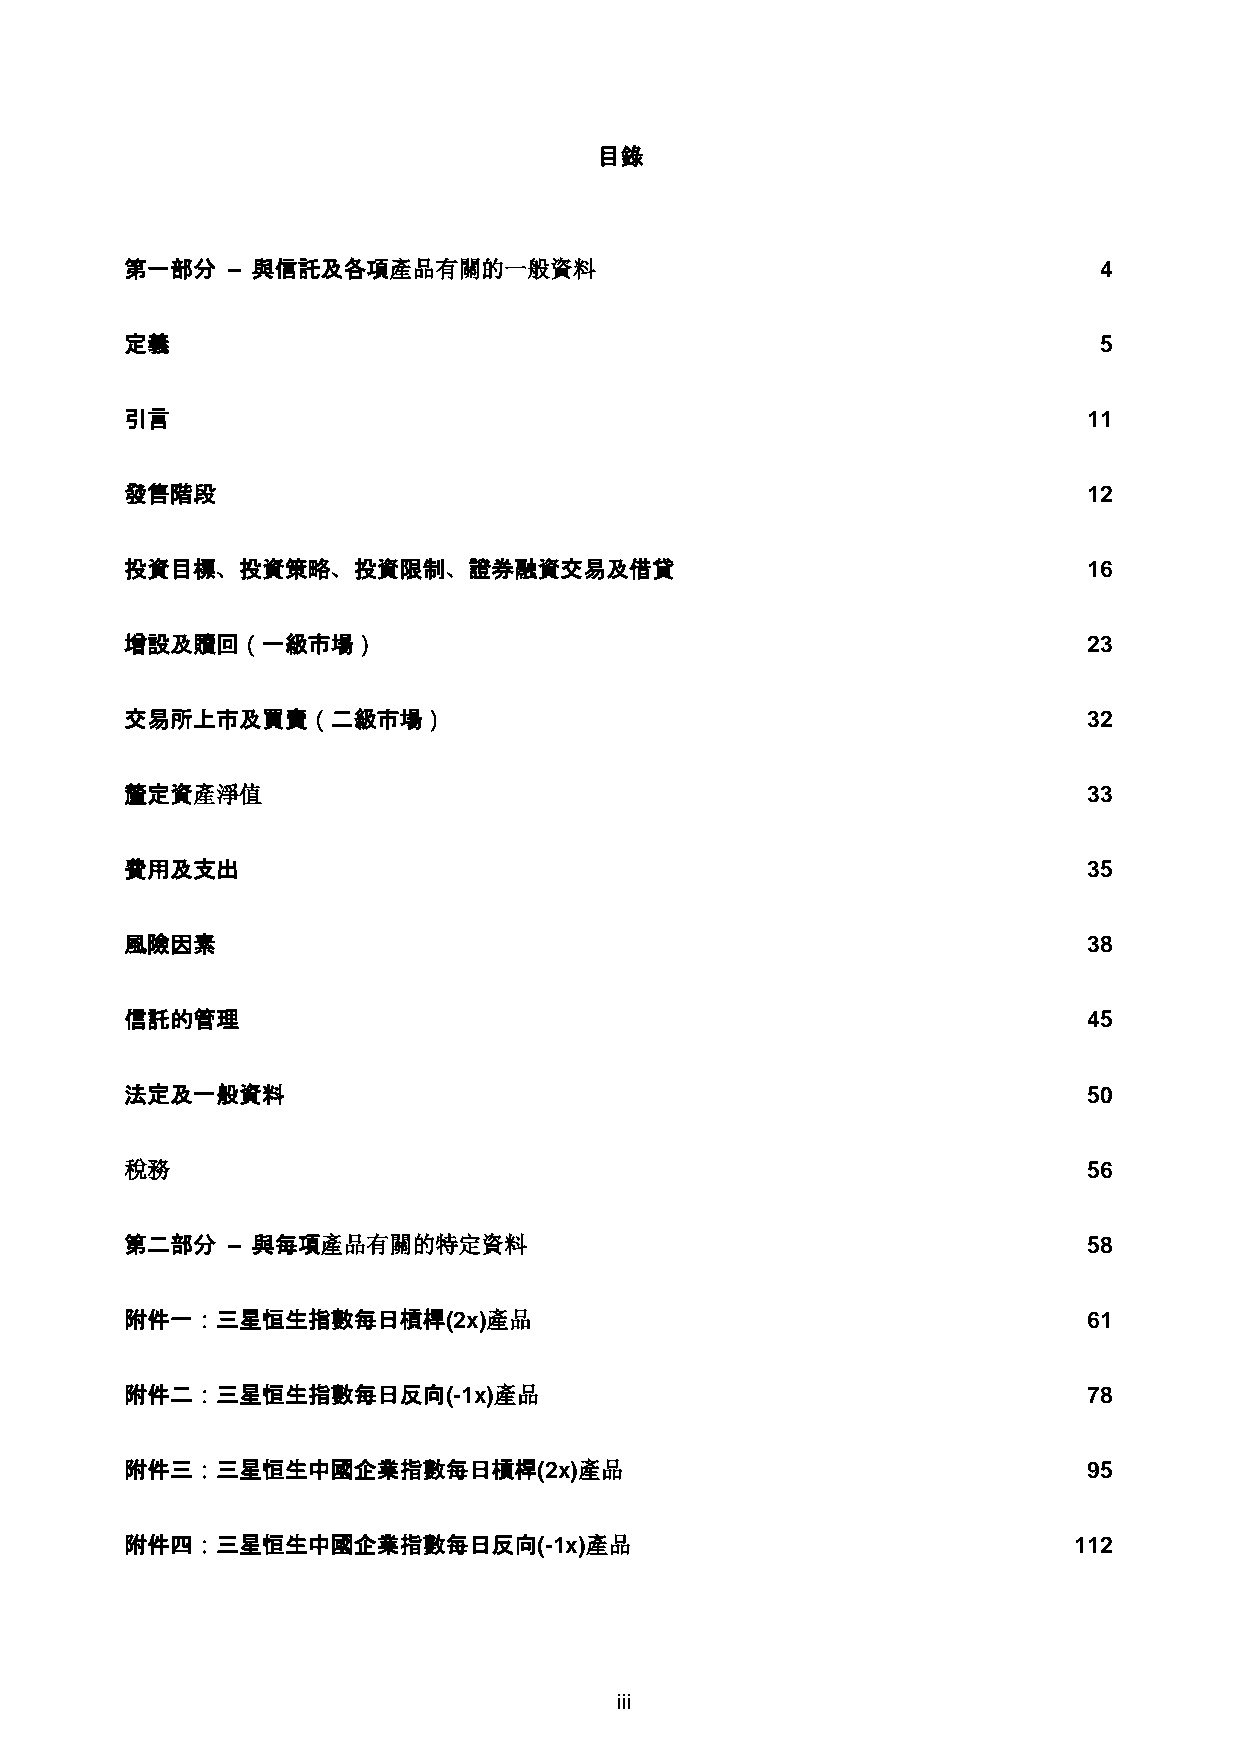
目錄
 第一部分   – 與信託及各項產品有關的一般資料                                         4
 定義                                                               5
 引言                                                              11
 發售階段                                                            12
 投資目標、投資策略、投資限制、證券融資交易及借貸                                        16
 增設及贖回（一級市場）                                                     23
 交易所上市及買賣（二級市場）                                                  32
 釐定資產淨值                                                          33
 費用及支出                                                           35
 風險因素                                                            38
 信託的管理                                                           45
 法定及一般資料                                                         50
 稅務                                                              56
 第二部分   – 與每項產品有關的特定資料                                           58
 附件一：三星恒生指數每日槓桿(2x)產品                                            61
 附件二：三星恒生指數每日反向(-1x)產品                                           78
 附件三：三星恒生中國企業指數每日槓桿(2x)產品                                        95
 附件四：三星恒生中國企業指數每日反向(-1x)產品                                      112
 iii